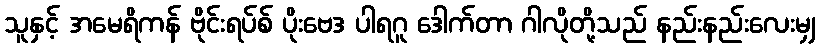
သူနှင့် အမေရိကန် ဗိုင်းရပ်စ် ပိုးဗေဒ ပါရဂူ ဒေါက်တာ ဂါလိုတို့သည် နည်းနည်းလေးမျှ